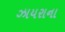
ઝાયરાના